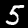
Label: 5